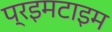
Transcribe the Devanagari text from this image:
प्रइमटाइम